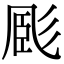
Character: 𢒝